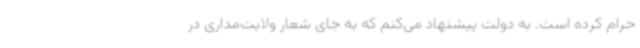
حرام کرده است. به دولت پیشنهاد می‌کنم که به جای شعار ولایت‌مداری در